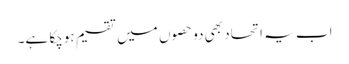
اب یہ اتحاد بھی دوحصوں میں تقسیم ہوچکا ہے۔